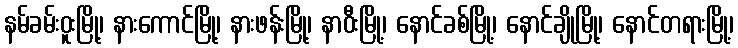
နမ်ခမ်းဝူးမြို့၊ နားကောင်မြို့၊ နားဖန်းမြို့၊ နာဝီးမြို့၊ နောင်ခစ်မြို့၊ နောင်ချိုမြို့၊ နောင်တရားမြို့၊